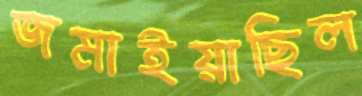
জমাইয়াছিল